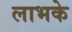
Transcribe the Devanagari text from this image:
लाभके